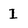
Character: I